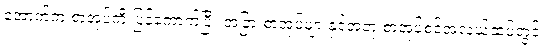
အောက်က စာအုပ်ကို ပြန်ကောက်ပြီး အခြားစာအုပ်များနှင့်အတူ စာအုပ်စင်အလယ်ထပ်တွင်